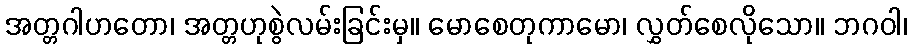
အတ္တဂါဟတော၊ အတ္တဟုစွဲလမ်းခြင်းမှ။ မောစေတုကာမော၊ လွှတ်စေလိုသော။ ဘဂဝါ၊